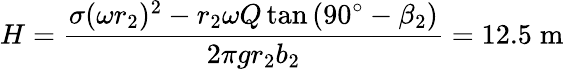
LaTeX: H=\frac{\sigma(\omega r_{2})^{2}-r_{2}\omega Q\tan{(90^{\circ}-\beta_{2})}}{2\pi gr_{2}b_{2}}=12.5\; \mathrm{{m}}